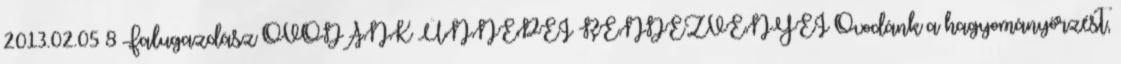
2013.02.05 8 Falugazdász ÓVODÁNK ÜNNEPEI RENDEZVÉNYEI Óvodánk a hagyományőrzést,